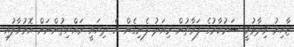
ޒާހިރު ވިދާޅުވީ ސަރުކާރުގެ ފަރާތުން މިއަދު ފެނިގެން އެ ދިޔައީ ރައްޔިތުންނަށް އޮޅުވާލުއި